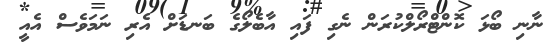
ނާނި ބޯޅަ ކޮންޓްރޯލްކުރަން ނެގި ފައި އާބެލޯގެ ބަނޑަށް އެރި ނަމަވެސް އެއީ